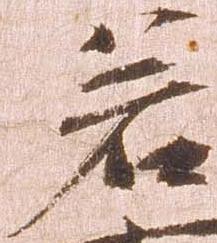
若